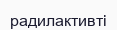
радилактивті